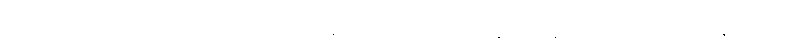
အပ္ပေါဿုက္ကတာသင်္ခါတသင်္ကောစာပတ္တိတော အတ္ထတကထိနံ သဗ္ဗနိမိတ္တေဟီတိ သာသနိကာ သူစိံ